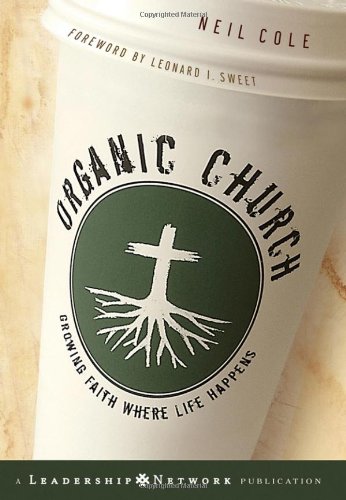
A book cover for Organic Church: Growing Faith Where Life Happens; Neil  Cole; Christian Books & Bibles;